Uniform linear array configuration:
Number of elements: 64
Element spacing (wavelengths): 0.25
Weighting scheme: hamming
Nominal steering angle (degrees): -30
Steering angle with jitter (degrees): -31.766
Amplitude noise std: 0.05
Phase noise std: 0.05

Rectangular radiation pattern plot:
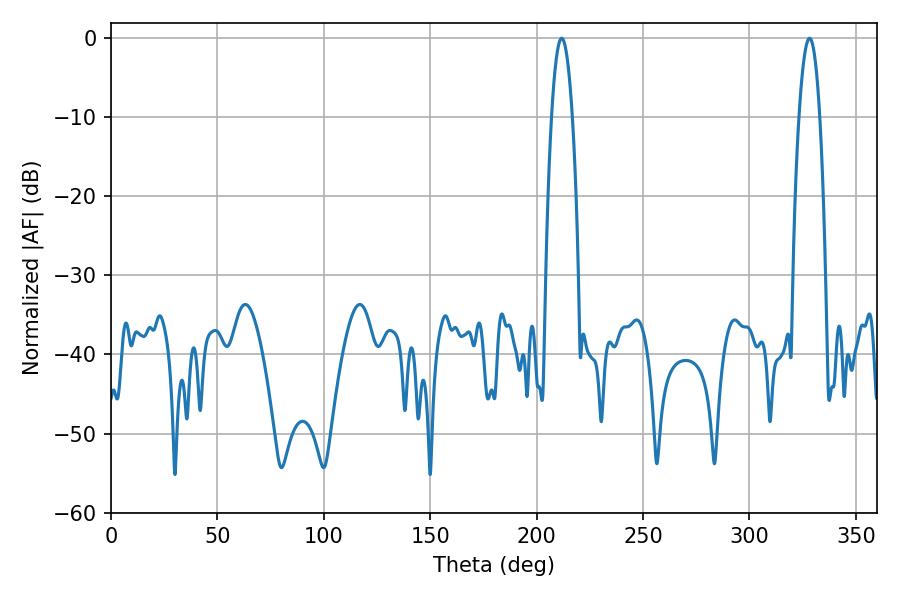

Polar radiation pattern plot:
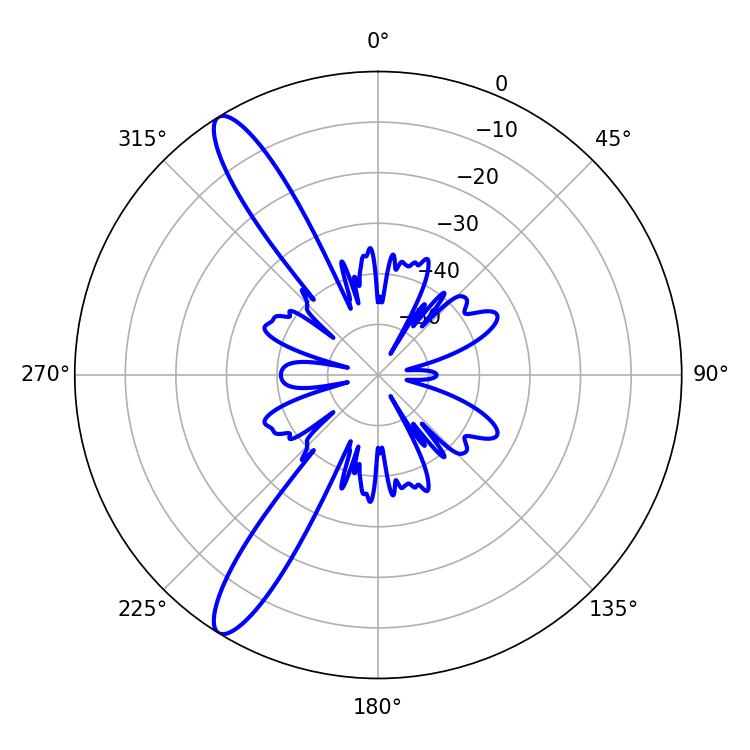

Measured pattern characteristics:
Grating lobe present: FALSE
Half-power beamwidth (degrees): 5.4
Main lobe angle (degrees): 211.68